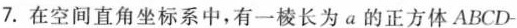
7.在空间直角坐标系中，有一棱长为a的正方体ABCD-